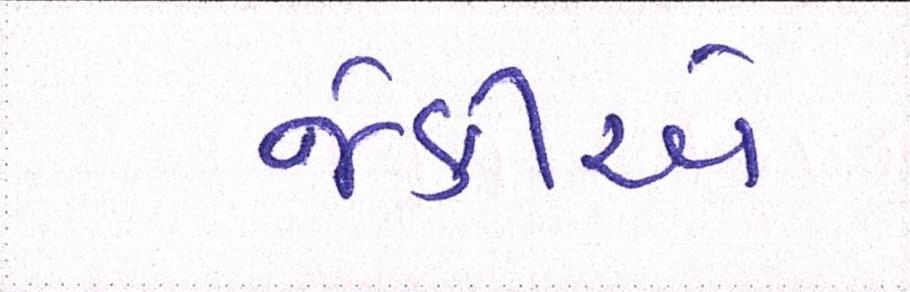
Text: જેકીએ